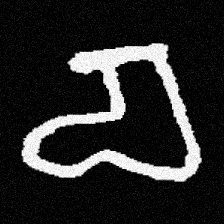
Pyu character \u2014 Myanmar letter: စ (romanized: ca)